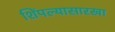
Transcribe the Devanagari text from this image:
शिंपल्यासारखा